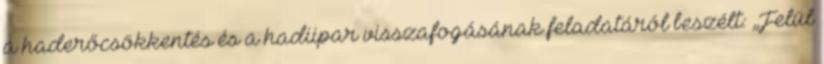
a haderőcsökkentés és a hadiipar visszafogásának feladatáról beszélt: „Felül